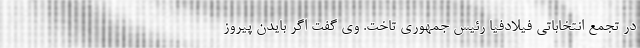
در تجمع انتخاباتی فیلادفیا رئیس جمهوری تاخت. وی گفت اگر بایدن پیروز